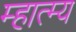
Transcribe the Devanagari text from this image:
म्हात्म्य